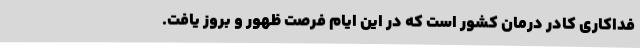
فداکاری کادر درمان کشور است که در این ایام فرصت ظهور و بروز یافت.